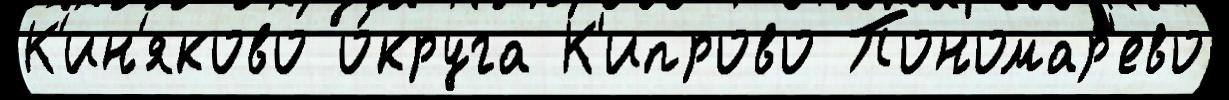
К'ин'яково о́круга К'ипрово Пономар'ево